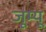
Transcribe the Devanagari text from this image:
जूम्यू